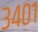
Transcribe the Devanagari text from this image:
३४०१